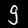
Digit: 9